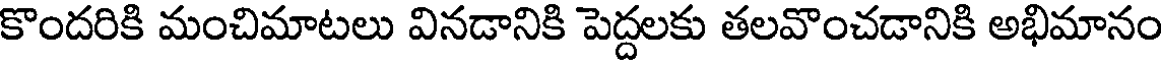
కొందరికి మంచిమాటలు వినడానికి పెద్దలకు తలవొంచడానికి అభిమానం